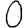
Digit: 0